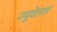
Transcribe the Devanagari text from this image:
ज्युवेलर्स